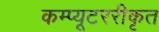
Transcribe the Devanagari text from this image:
कम्प्यूटररीकृत